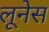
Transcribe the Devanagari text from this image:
लूनेस